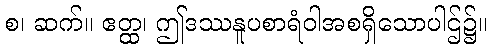
စ၊ ဆက်။ ဧတ္ထ၊ ဤဒဿနူပစာရံဝါအစရှိသောပါဌ်၌။